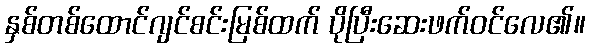
နှစ်တစ်ထောင်ဂျင်စင်းမြစ်ထက် ပိုပြီးဆေးဖက်ဝင်လေ၏။